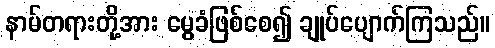
နာမ်တရားတို့အား မွေခံဖြစ်စေ၍ ချုပ်ပျောက်ကြသည်။